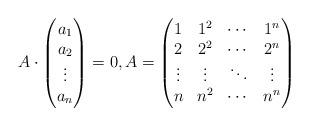
LaTeX: \begin{align*}A \cdot \begin{pmatrix} a_1 \\ a_2 \\ \vdots \\ a_n \end{pmatrix} = 0, A = \begin{pmatrix} 1 & 1^2 & \cdots & 1^n \\ 2& 2^2 & \cdots & 2^n \\ \vdots & \vdots & \ddots & \vdots \\ n & n^2 &\cdots & n^n \end{pmatrix}\end{align*}